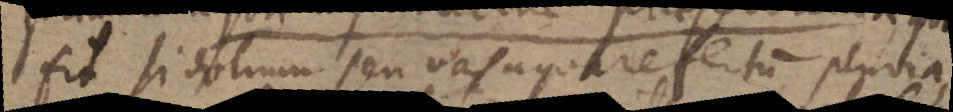
fit si dolium seu vas aqua refertum pluvia,